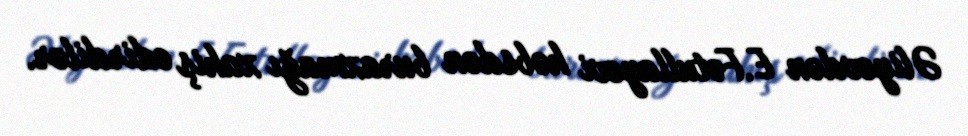
Əliyevdən E.Fətullayevi həbsdən buraxmağı xahiş edirdilər.